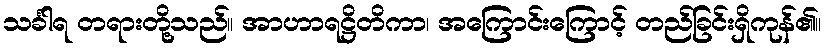
သင်္ခါရ တရားတို့သည်။ အာဟာရဋ္ဌိတိကာ၊ အကြောင်းကြောင့် တည်ခြင်းရှိကုန်၏။